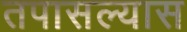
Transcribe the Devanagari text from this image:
तपासल्यास